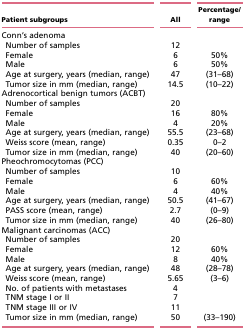
<table><thead><tr><td><b>Patient subgroups</b></td><td><b>All</b></td><td><b>Percentage/range</b></td></tr></thead><tbody><tr><td>Conn&#x27;s adenoma</td><td></td><td></td></tr><tr><td> Number of samples</td><td>12</td><td></td></tr><tr><td> Female</td><td>6</td><td>50%</td></tr><tr><td> Male</td><td>6</td><td>50%</td></tr><tr><td> Age at surgery, years (median, range)</td><td>47</td><td>(31–68)</td></tr><tr><td> Tumor size in mm (median, range)</td><td>14.5</td><td>(10–22)</td></tr><tr><td>Adrenocortical benign tumors (ACBT)</td><td></td><td></td></tr><tr><td> Number of samples</td><td>20</td><td></td></tr><tr><td> Female</td><td>16</td><td>80%</td></tr><tr><td> Male</td><td>4</td><td>20%</td></tr><tr><td> Age at surgery, years (median, range)</td><td>55.5</td><td>(23–68)</td></tr><tr><td> Weiss score (mean, range)</td><td>0.35</td><td>0–2</td></tr><tr><td> Tumor size in mm (median, range)</td><td>40</td><td>(20–60)</td></tr><tr><td>Pheochromocytomas (PCC)</td><td></td><td></td></tr><tr><td> Number of samples</td><td>10</td><td></td></tr><tr><td> Female</td><td>6</td><td>60%</td></tr><tr><td> Male</td><td>4</td><td>40%</td></tr><tr><td> Age at surgery, years (median, range)</td><td>50.5</td><td>(41–67)</td></tr><tr><td> PASS score (mean, range)</td><td>2.7</td><td>(0–9)</td></tr><tr><td> Tumor size in mm (median, range)</td><td>40</td><td>(26–80)</td></tr><tr><td>Malignant carcinomas (ACC)</td><td></td><td></td></tr><tr><td> Number of samples</td><td>20</td><td></td></tr><tr><td> Female</td><td>12</td><td>60%</td></tr><tr><td> Male</td><td>8</td><td>40%</td></tr><tr><td> Age at surgery, years (median, range)</td><td>48</td><td>(28–78)</td></tr><tr><td> Weiss score (mean, range)</td><td>5.65</td><td>(3–6)</td></tr><tr><td> No. of patients with metastases</td><td>4</td><td></td></tr><tr><td> TNM stage I or II</td><td>7</td><td></td></tr><tr><td> TNM stage III or IV</td><td>11</td><td></td></tr><tr><td> Tumor size in mm (median, range)</td><td>50</td><td>(33–190)</td></tr></tbody></table>